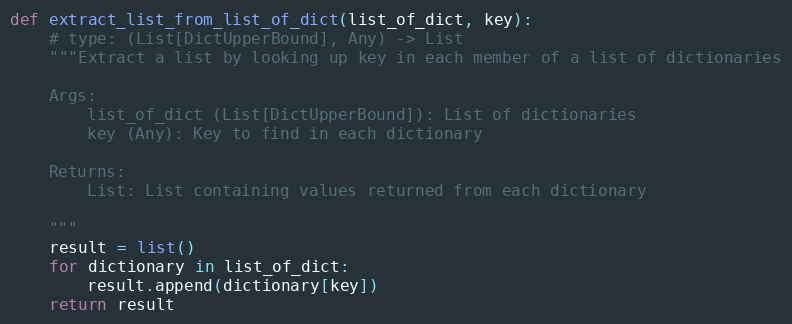
Language: Python
def extract_list_from_list_of_dict(list_of_dict, key):
    # type: (List[DictUpperBound], Any) -> List
    """Extract a list by looking up key in each member of a list of dictionaries

    Args:
        list_of_dict (List[DictUpperBound]): List of dictionaries
        key (Any): Key to find in each dictionary

    Returns:
        List: List containing values returned from each dictionary

    """
    result = list()
    for dictionary in list_of_dict:
        result.append(dictionary[key])
    return result